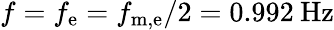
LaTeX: f=f_{\mathrm{e}}=f_{\mathrm{m,e}}/2=0.992\: \mathrm{Hz}